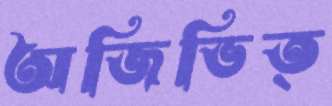
অজিভিত্